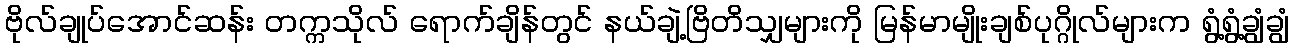
ဗိုလ်ချုပ်အောင်ဆန်း တက္ကသိုလ် ရောက်ချိန်တွင် နယ်ချဲ့ဗြိတိသျှများကို မြန်မာမျိုးချစ်ပုဂ္ဂိုလ်များက ရွံ့ရွံ့ချွံချွံ